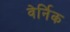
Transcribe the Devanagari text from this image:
वेर्निक